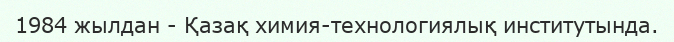
1984 жылдан - Қазақ химия-технологиялық институтында.